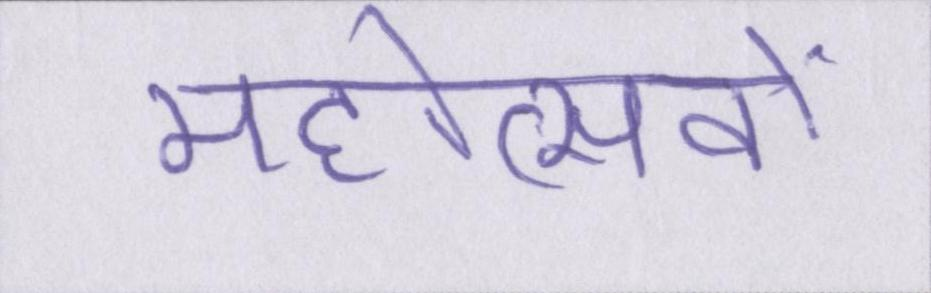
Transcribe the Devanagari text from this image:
महोत्सवों